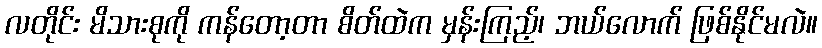
လတိုင်း မိသားစုကို ကန်တော့တာ စိတ်ထဲက မှန်းကြည့်၊ ဘယ်လောက် ဖြစ်နိုင်မလဲ။